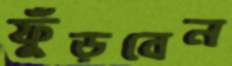
ফুঁড়বেন